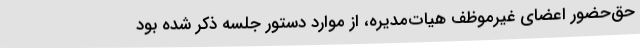
حق‌حضور اعضای غیرموظف هیات‌مدیره، از موارد دستور جلسه ذکر شده بود